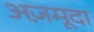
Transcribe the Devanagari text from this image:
अज़मूदा